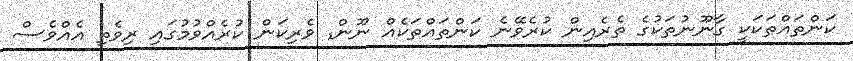
ކަންތައްތަކަކީ ގާނޫނުތަކުގެ ތެރެއިން ކުރެވޭނެ ކަންތައްތަކެއް ނޫން